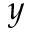
\boldsymbol { y }